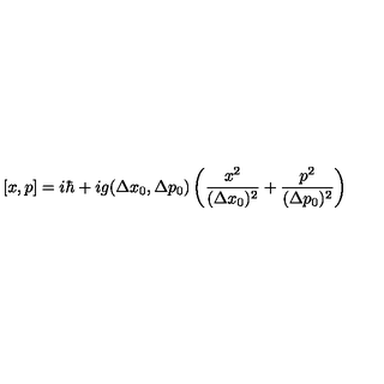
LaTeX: [ x , p ] = i \hbar + i g ( \Delta x _ { 0 } , \Delta p _ { 0 } ) \left( \frac { x ^ { 2 } } { ( \Delta x _ { 0 } ) ^ { 2 } } + \frac { p ^ { 2 } } { ( \Delta p _ { 0 } ) ^ { 2 } } \right)